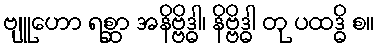
ဗျူဟော ရစ္ဆာ အနိဗ္ဗိဒ္ဓါ၊ နိဗ္ဗိဒ္ဓါ တု ပထဒ္ဓိ စ။